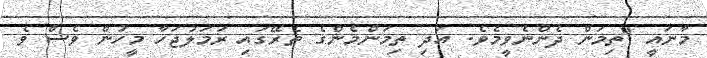
މާނައީ "ތިމަން ދެންނެވީމެވެ. އަދި ތިމަންމެންގެ ތެރޭގައި ރަމަލުޖަހާ މީހުން ވެސް ވެ